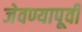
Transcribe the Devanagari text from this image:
जेवण्यापूर्वी